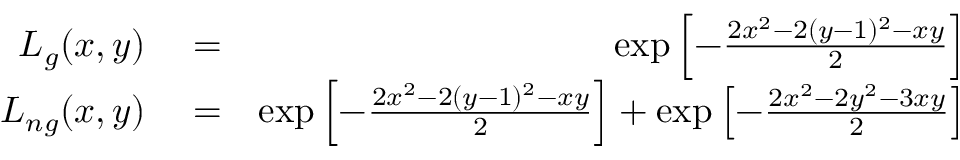
\begin{array} { r l r } { { \cal L } _ { g } ( x , y ) } & { { } = } & { \exp \left[ - \frac { 2 x ^ { 2 } - 2 ( y - 1 ) ^ { 2 } - x y } { 2 } \right] } \\ { { \cal L } _ { n g } ( x , y ) } & { { } = } & { \exp \left[ - \frac { 2 x ^ { 2 } - 2 ( y - 1 ) ^ { 2 } - x y } { 2 } \right] + \exp \left[ - \frac { 2 x ^ { 2 } - 2 y ^ { 2 } - 3 x y } { 2 } \right] } \end{array}